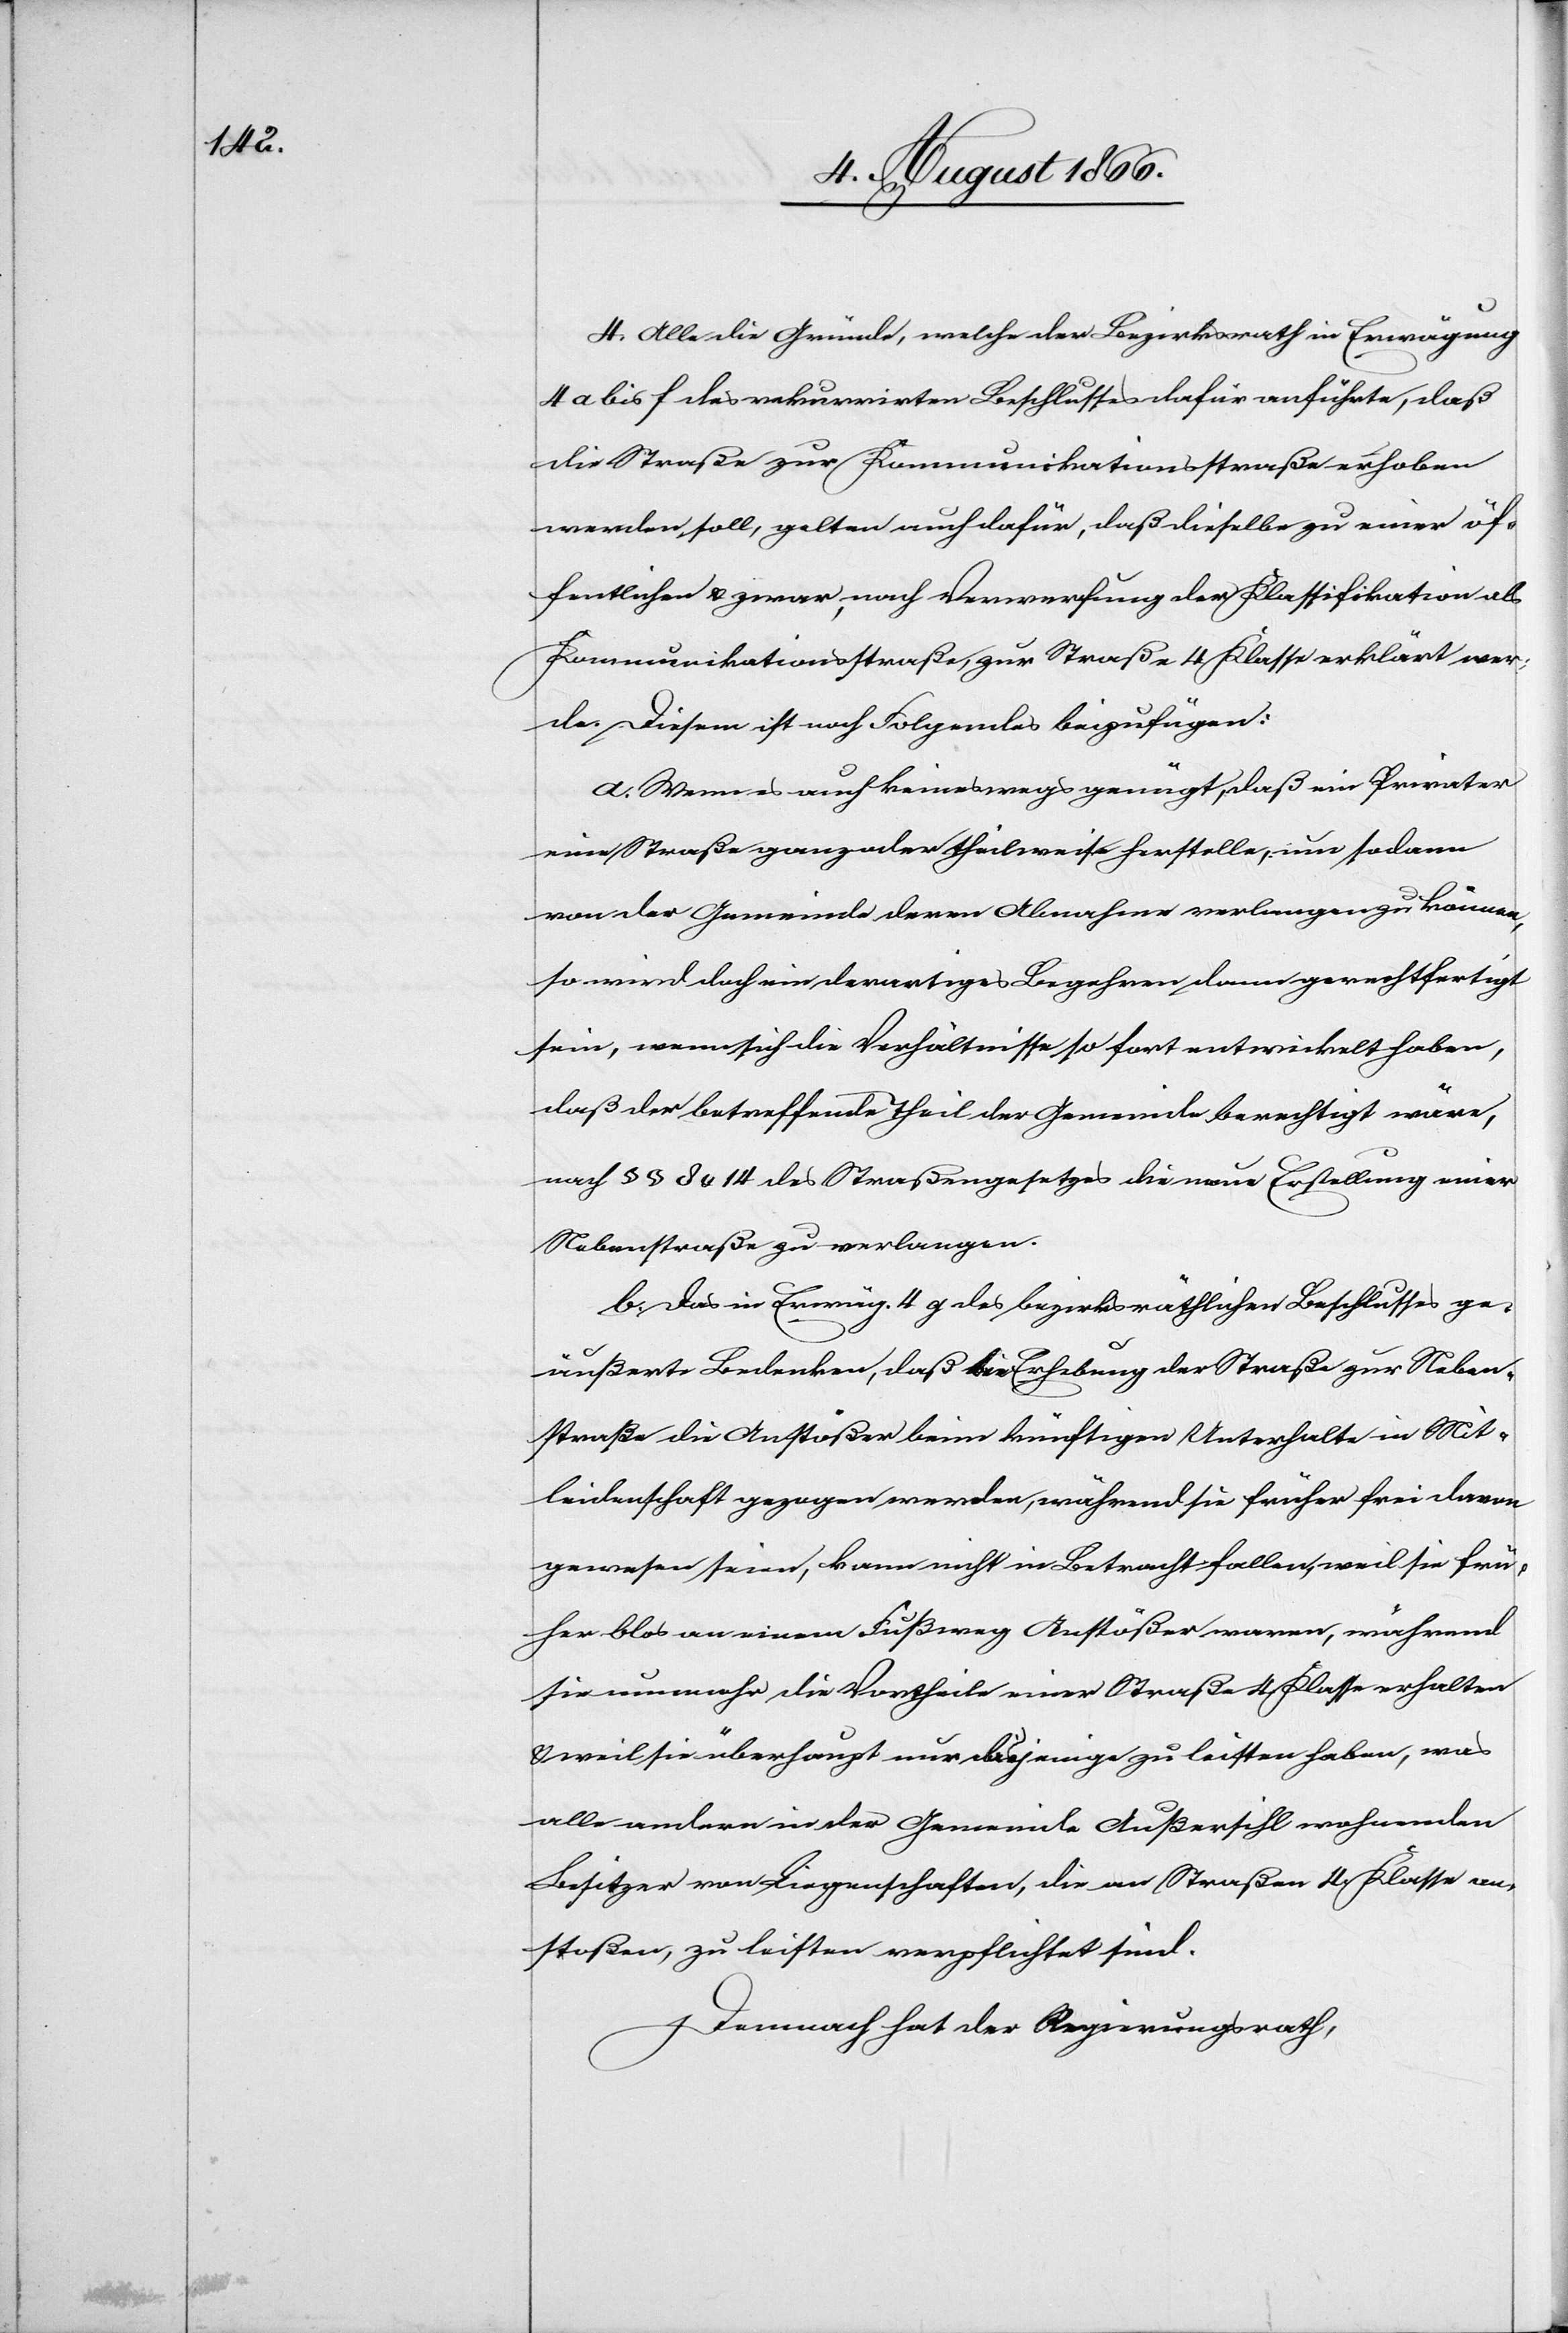
4. Alle die Gründe, welche der Bezirksrath in Erwägung
4 a bis f des rekurrirten Beschlusses dafür anführte, daß
die Straße zur Kommunikationsstraße erhoben
werden soll, gelten auch dafür, daß dieselbe zu einer öf¬
fentlichen u. zwar nach Verwerfung der Klassifikation als
Kommunikationsstraße, zur Straße 4. Klasse erklärt wer¬
de. Diesem ist noch Folgendes beizufügen:
a. Wenn auch keineswegs genügt, daß ein Privater
eine Straße ganz oder theilweise herstelle, um sodann
von der Gemeinde deren Abnahme verlangen zu können,
so wird doch ein derartiges Begehren dann gerechtfertigt
sein, wenn sich die Verhältnisse so fort entwickelt haben,
daß der betreffende Theil der Gemeinde berechtigt wäre,
nach § § 8 u. 14 des Straßengesetzes die neue Erstellung einer
Nebenstraße zu verlangen.
b. Das in Erwäg. 4 g des bezirksräthlichen Beschlusses ge¬
äußerte Bedenken, daß [durch] die Erhebung der Straße zur Neben¬
straße die Anstößer beim künftigen Unterhalte in Mit¬
leidenschaft gezogen werden, während sie früher frei davon
gewesen seien, kann nicht in Betracht fallen, weil sie frü¬
her blos an einem Fußweg Anstößer waren, während
sie nunmehr die Vortheile einer Straße 4. Klasse erhalten
u. weil sie überhaupt nur dasjenige zu leisten haben, was
alle andern in der Gemeinde Außersihl wohnenden
Besitzer von Liegenschaften, die an Straßen 4. Klasse an¬
stoßen, zu leisten verpflichtet sind.
Demnach hat der Regierungsrath,